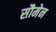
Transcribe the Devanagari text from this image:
सौमेन